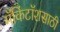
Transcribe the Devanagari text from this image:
मॅकिंटॉशसाठी